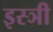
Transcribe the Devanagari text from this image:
इस्ञी